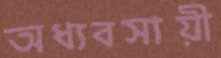
অধ্যবসায়ী